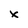
Character: x